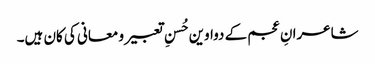
شاعرانِ عجم کے دواوین حُسنِ تعبیر و معانی کی کان ہیں۔